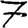
Digit: 7